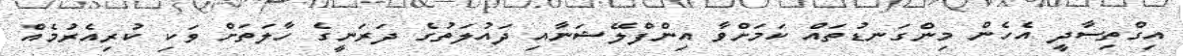
އިގްތިސާދީ އެހެން މިންގަނޑުތައް ކަމަށްވާ އިންފްލޭޝަނާއި ދައުލަތުގެ ދަރަނީގެ ހާލަތަށް ވަކި ކުރިއެރުމެއް